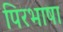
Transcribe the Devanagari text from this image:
पिरभाषा